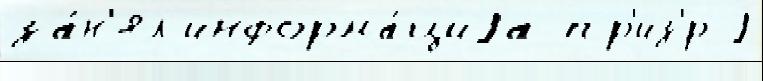
за́н'ял информа́циjа пр'из'́р j